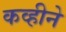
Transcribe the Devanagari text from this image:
कव्हीने